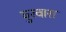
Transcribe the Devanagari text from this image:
घुरवारा